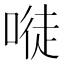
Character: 𠻀